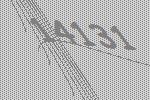
14131